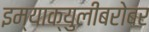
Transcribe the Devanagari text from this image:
इम्‍याक्‍युलीबरोबर